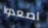
اصعدوا